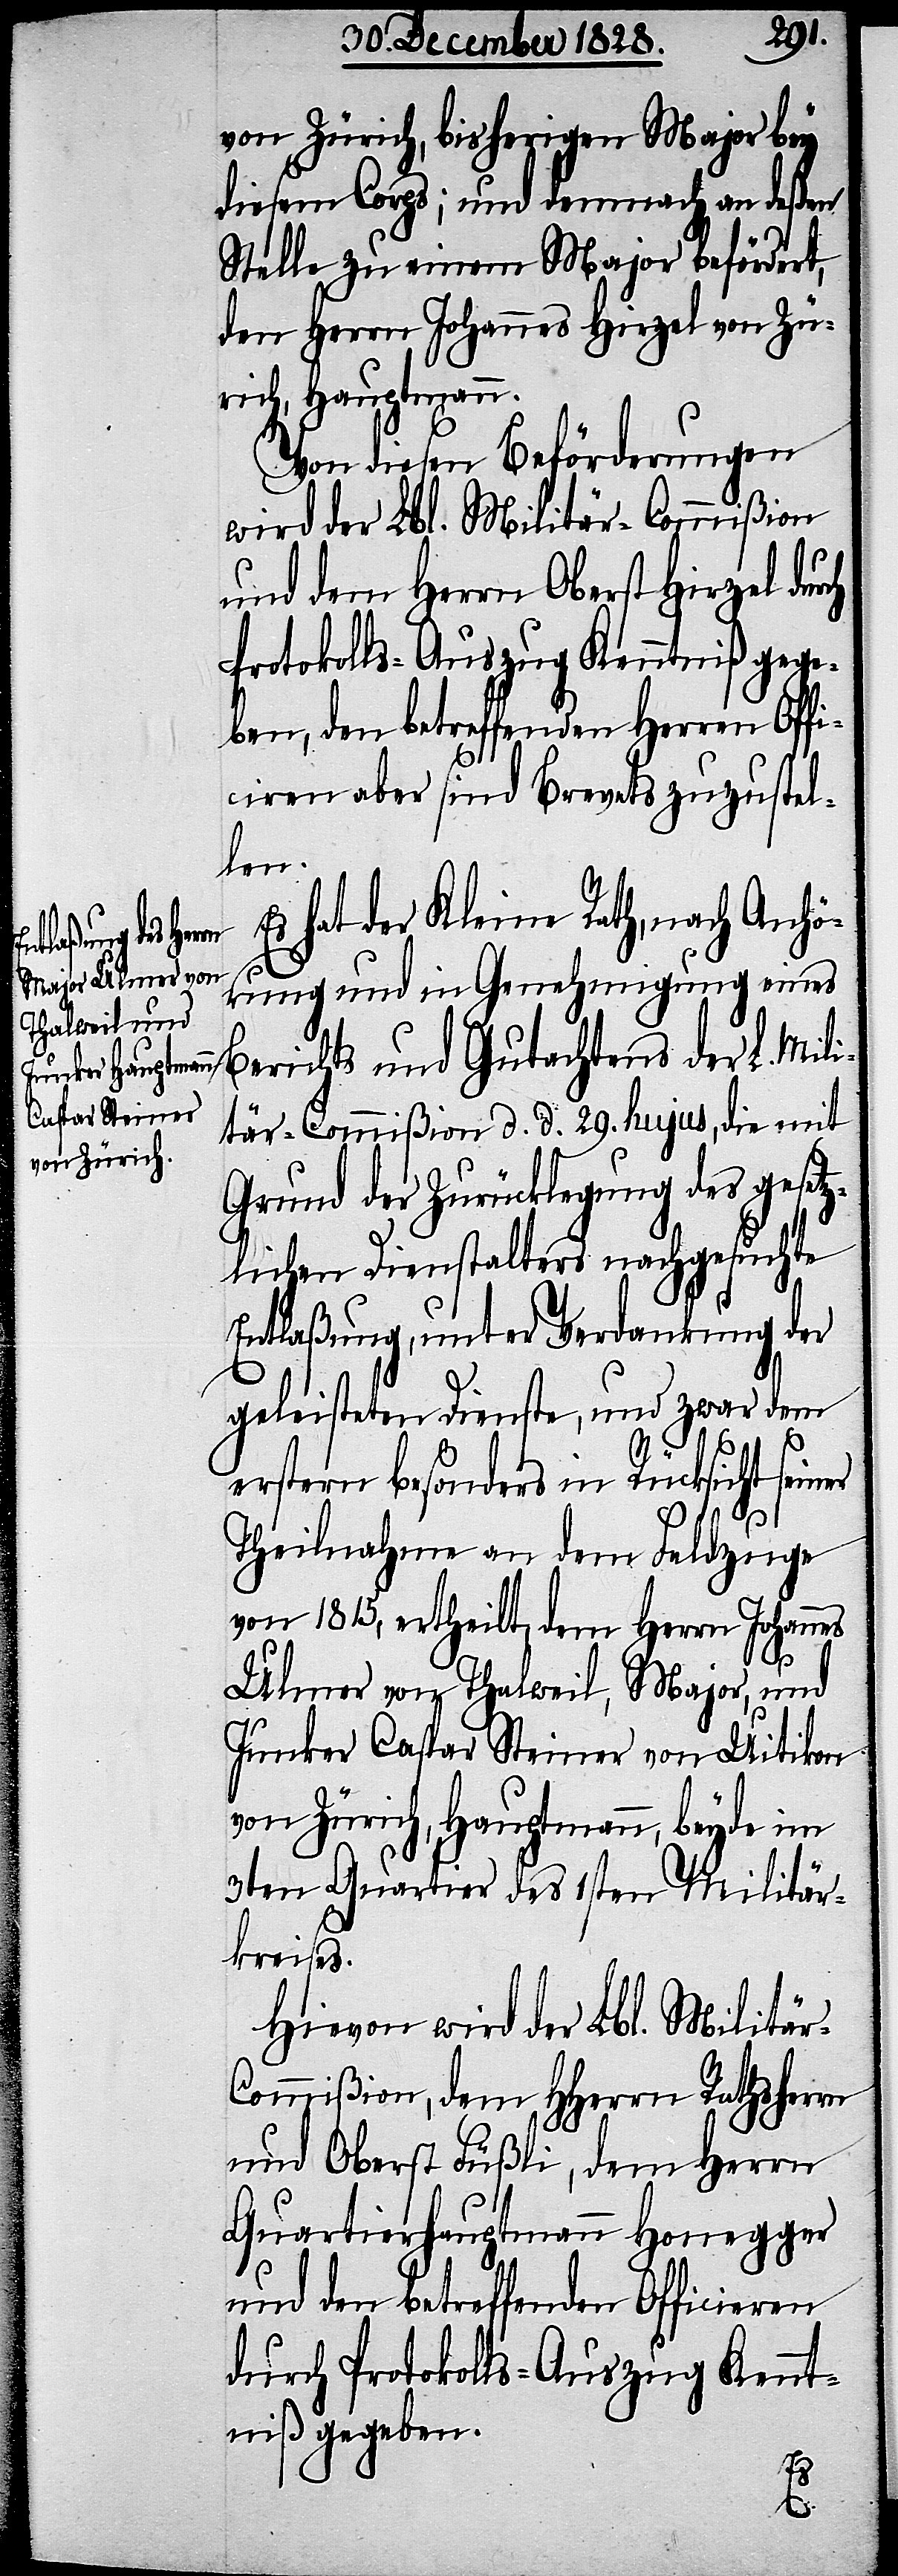
von Zürich, bisherigen Major bey
diesem Corps; und demnach an deßen
Stelle zu einem Major befördert,
den Herrn Johannes Hirzel von Zü¬
rich, Hauptmann.
Von diesen Beförderungen
wird der Lbl. Militär-Commißion
und dem Herrn Oberst Hirzel durch
Protokolls-Auszug Kenntniß gege¬
ben, den betreffenden Herren Offi¬
ciren aber sind Brevets zuzustel¬
len.
s hat der Kleine Rath, nach Anhö¬
rung und in Genehmigung eines
Berichts und Gutachtens der L. Mili¬
tär-Commißion d. d. 29. hujus, die mit
Grund der Zurücklegung des gesetz¬
lichen Dienstalters nachgesuchte
Entlaßung, unter Verdankung der
geleisteten Dienste, und zwar dem
erstern besonders in Rücksicht sein¬
Theilnahme an dem Feldzuge
von 1815, ertheilt, dem Herrn Johann¬
Ulmer von Thalweil, Major, und
Junker Caspar Steiner von Uitikon
von Zürich, Hauptmann, beyde im
3ten Quartier des 1sten Militär¬
kreises.
Hievon wird der Lbl. Militä¬
r-Commißion, dem HHerrn Rathsherrn
und Oberst Füßli, dem Herrn
Quartierhauptmann Honegger
und den betreffenden Officieren
durch Protokolls-Auszug Kennt¬
niß gegeben.
E¬
es